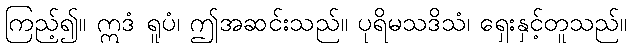
ကြည့်၍။ ဣဒံ ရူပံ၊ ဤအဆင်းသည်။ ပုရိမသဒိသံ၊ ရှေးနှင့်တူသည်။